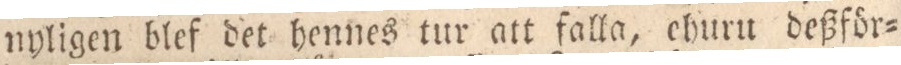
nyligen blef det hennes tur att falla, ehuru deßför=